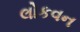
લોકવન